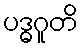
ပဒ္ဓဂူတိ